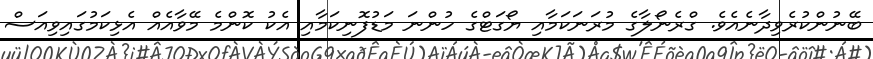
ބޭނުންކުރެވިދާނެއެވެ. ގްރެނޯލާގެ މުރަނަކަމާއި ޔޯގަޓްގެ ހުންނަ މަޑުފޮނިކަމާއި އެކު ކޮންމެ މޭވާއެއް އެޅިކަމުގައިވިއަސް